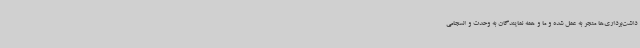
داشت‌برداری‌ها منجر به عمل شده و ما و همه نمایندگان به وحدت و انسجامی